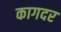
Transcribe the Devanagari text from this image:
कागदर